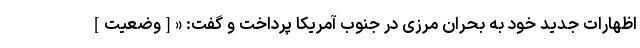
اظهارات جدید خود به بحران مرزی در جنوب آمریکا پرداخت و گفت: «[وضعیت]